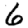
Digit: 6